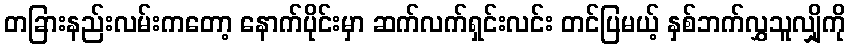
တခြားနည်းလမ်းကတော့ နောက်ပိုင်းမှာ ဆက်လက်ရှင်းလင်း တင်ပြမယ့် နှစ်ဘက်လွှသူလျှိုကို